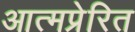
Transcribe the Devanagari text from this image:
आत्मप्रेरित